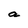
Character: a